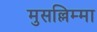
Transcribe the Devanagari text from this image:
मुसल्लिम्मा